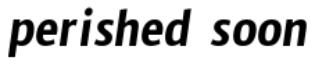
perished soon